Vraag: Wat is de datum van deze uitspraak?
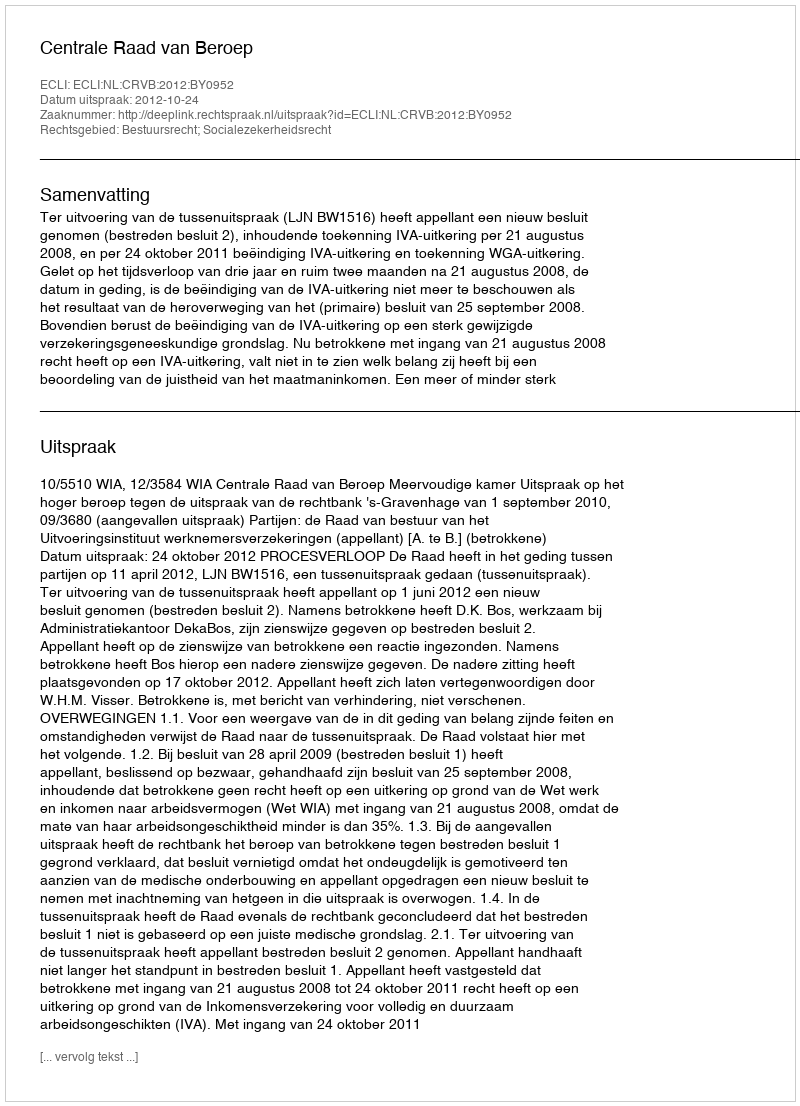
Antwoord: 2012-10-24